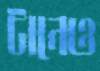
টানেও